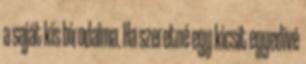
a saját kis birodalma. Ha szeretné egy kicsit egyedivé